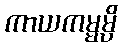
ကာယကမ္မမ္ပိ